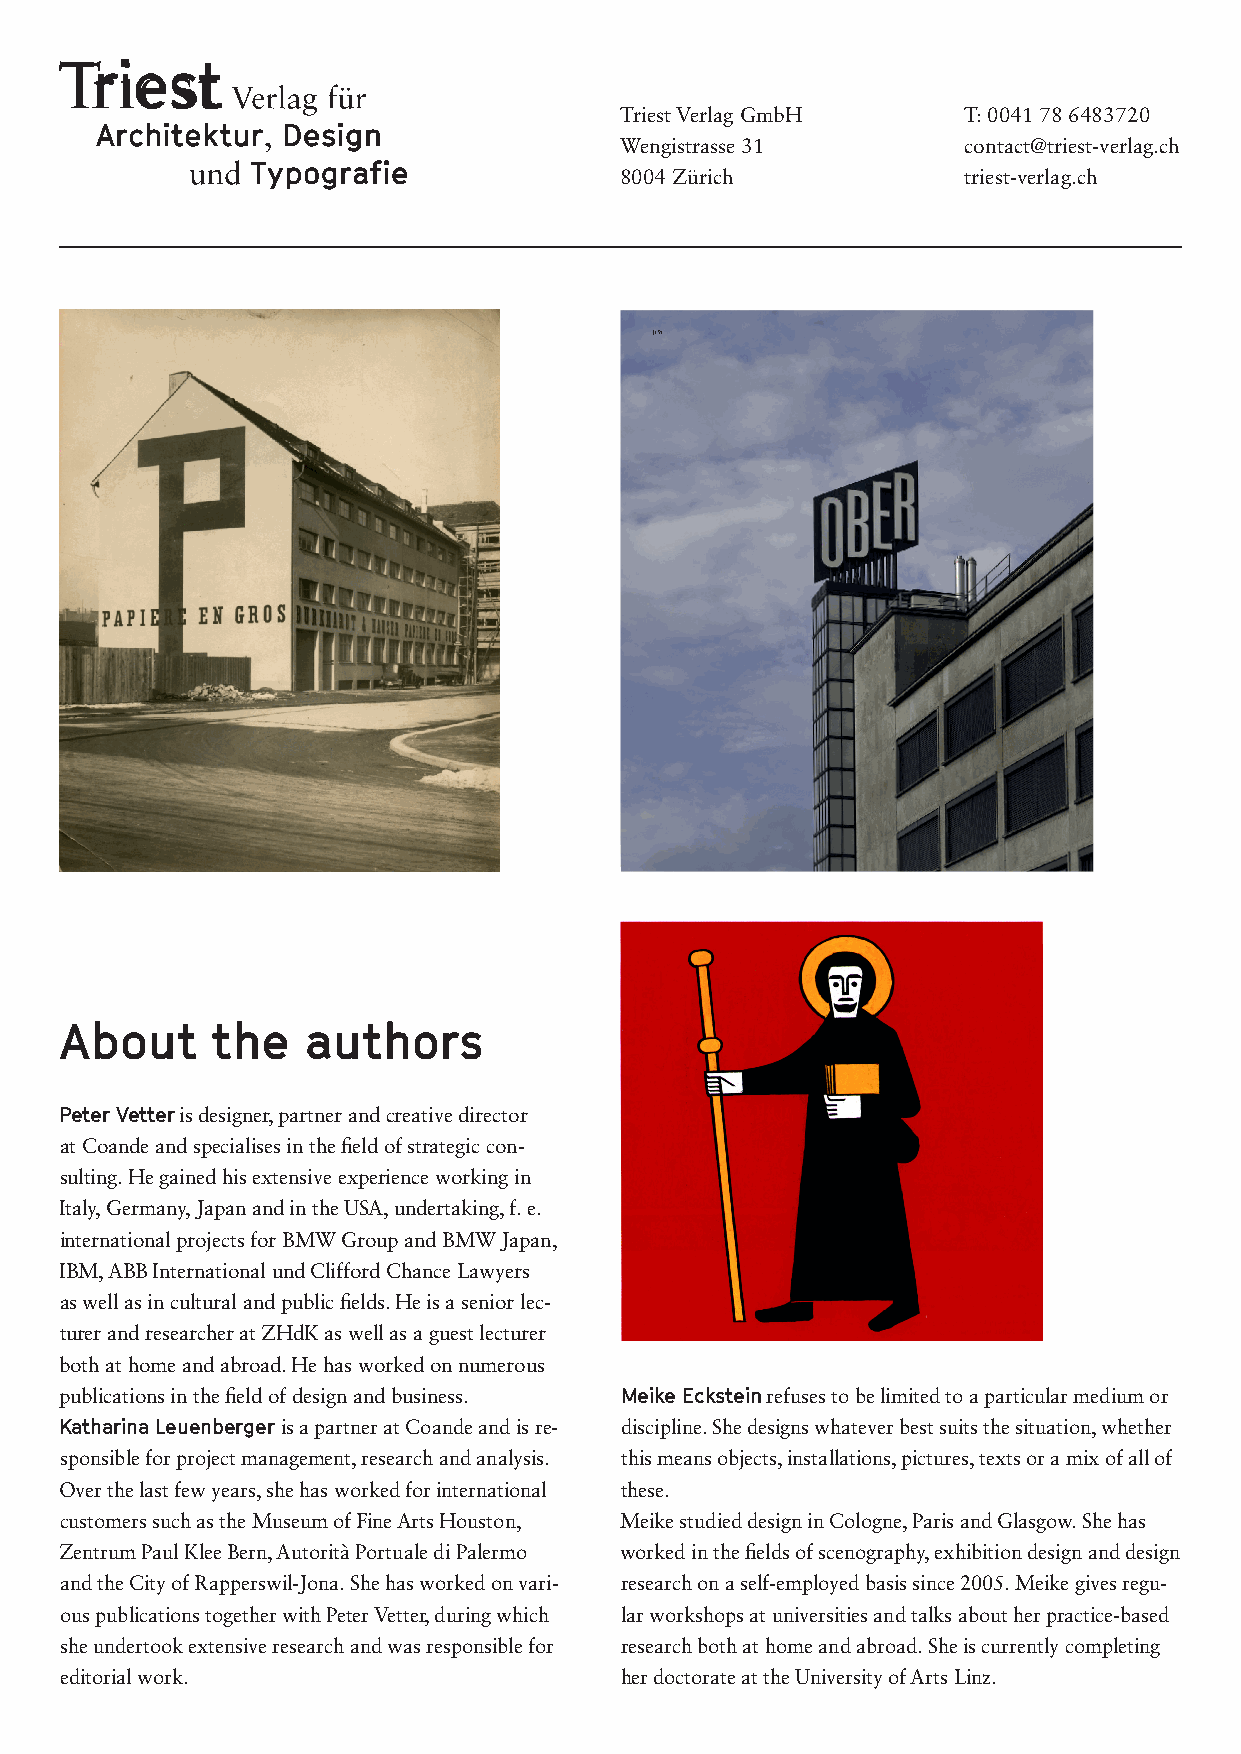
Triest Verlag GmbH     T: 0041 78 6483720
 Wengistrasse 31        contact@triest-verlag.ch
 8004 Zürich            triest-verlag.ch
 26
 [17]
 EK_Layout_T1DE.indd 26      19.10.17 14:53
 About     the   authors
 Peter Vetter is designer, partner and creative director
 at Coande and specialises in the field of strategic con-
 sulting. He gained his extensive experience working in
 Italy, Germany, Japan and in the USA, undertaking, f. e.
 international projects for BMW Group and BMW Japan,
 IBM, ABB International und Clifford Chance Lawyers
 as well as in cultural and public fields. He is a senior lec-
 turer and researcher at ZHdK as well as a guest lecturer
 both at home and abroad. He has worked on numerous
 publications in the field of design and business. Meike Eckstein refuses to be limited to a particular medium or
 Katharina Leuenberger is a partner at Coande and is re- discipline. She designs whatever best suits the situation, whether
 sponsible for project management, research and analysis. this means objects, installations, pictures, texts or a mix of all of
 Over the last few years, she has worked for international these.
 customers such as the Museum of Fine Arts Houston, Meike studied design in Cologne, Paris and Glasgow. She has
 Zentrum Paul Klee Bern, Autorità Portuale di Palermo worked in the fields of scenography, exhibition design and design
 and the City of Rapperswil-Jona. She has worked on vari- research on a self-employed basis since 2005. Meike gives regu-
 ous publications together with Peter Vetter, during which lar workshops at universities and talks about her practice-based
 she undertook extensive research and was responsible for research both at home and abroad. She is currently completing
 editorial work.                      her doctorate at the University of Arts Linz.